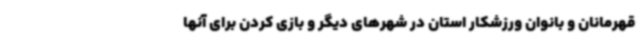
قهرمانان و بانوان ورزشکار استان در شهرهای دیگر و بازی کردن برای آنها